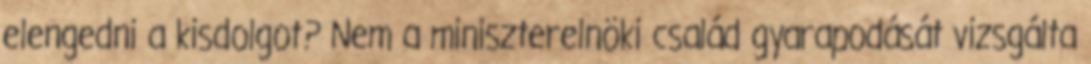
elengedni a kisdolgot? Nem a miniszterelnöki család gyarapodását vizsgálta